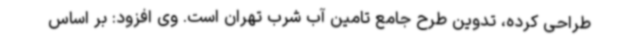
طراحی کرده، تدوین طرح جامع تامین آب شرب تهران است. وی افزود: بر اساس